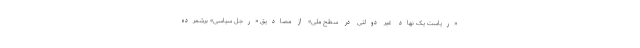
«ریاست یک نهاد غیر دولتی در سطح ملی» از مصادیق «رجل سیاسی» برشمرده